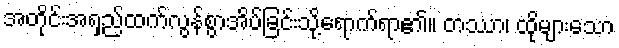
အတိုင်းအရှည်ထက်လွန်စွာအိပ်ခြင်းသို့ရောက်ရာ၏။ တဿာ၊ ထိုများသော